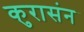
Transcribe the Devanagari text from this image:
कुरासंन